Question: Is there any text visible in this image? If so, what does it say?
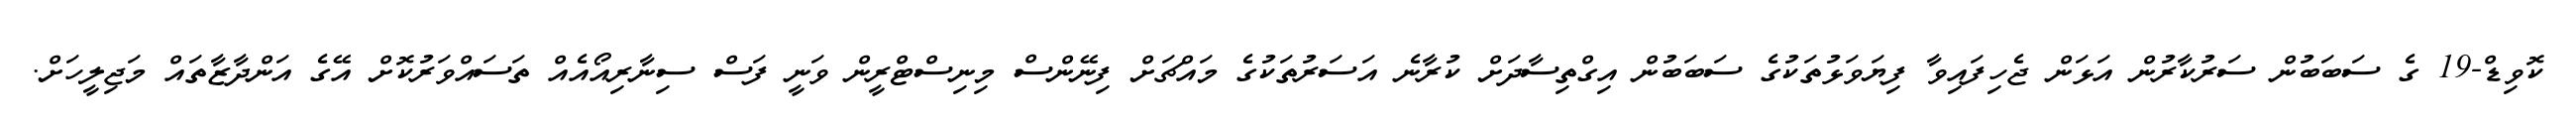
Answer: ކޮވިޑް-19 ގެ ސަބަބުން ސަރުކާރުން އަޅަން ޖެހިފައިވާ ފިޔަވަޅުތަކުގެ ސަބަބުން އިގްތިސާދަށް ކުރާނެ އަސަރުތަކުގެ މައްޗަށް ފިނޭންސް މިނިސްޓްރީން ވަނީ ފަސް ސިނާރިއޯއެއް ތަސައްވަރުކޮށް އޭގެ އަންދާޒާތައް މަޖިލީހަށް.